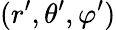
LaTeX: (r^{\prime},\theta^{\prime},\varphi^{\prime})